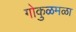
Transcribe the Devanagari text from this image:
गोकुळमळा